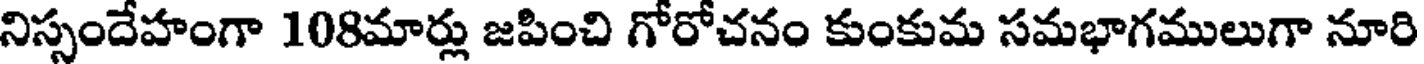
నిస్సందేహంగా 108మార్లు జపించి గోరోచనం కుంకుమ సమభాగములుగా నూరి